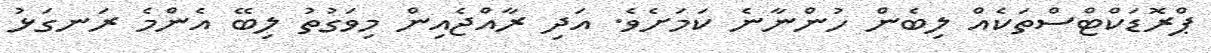
ޕްރޮޑަކްޓްސްތަކެއް ލިބެން ހުންނާނެ ކަމަށެވެ. އަދި ރާއްޖެއިން މިވަގުތު ލިބޭ އެންމެ ރަނގަޅު